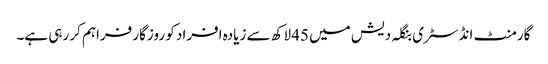
گارمنٹ انڈسٹری بنگلہ دیش میں 45 لاکھ سے زیادہ افراد کو روزگار فراہم کر رہی ہے۔